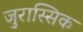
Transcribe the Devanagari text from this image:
जुरास्सिक